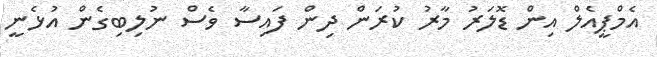
އެމްޕީއެލް އިން ޑޮލަރު މާރު ކުރަން ދިން ފައިސާ ވެސް ނުލިބިގެން އުޅެނީ